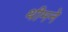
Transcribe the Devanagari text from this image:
थीमने